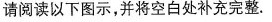
请阅读以下图示，并将空白处补充完整。